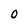
Character: 0